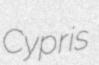
Cypris